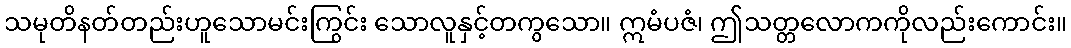
သမုတိနတ်တည်းဟူသောမင်းကြွင်း သောလူနှင့်တကွသော။ ဣမံပဇံ၊ ဤသတ္တလောကကိုလည်းကောင်း။